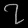
Digit: ၇